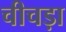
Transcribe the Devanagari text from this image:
चीचड़ा